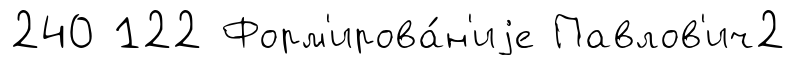
240 122 Форм'ирова́н'иjе Павлов'ич2